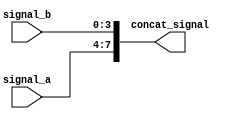
module concatenation_example (
    input [3:0] signal_a, // Input signal a
    input [3:0] signal_b, // Input signal b
    output [7:0] concat_signal // Output concatenated signal
);

assign concat_signal = {signal_a, signal_b}; // Concatenate signal_a and signal_b into concat_signal

endmodule